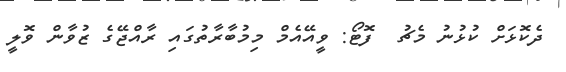
ދެކޮޅަށް ކުޅުނު މެޗު  ފޮޓޯ: ވީއޭއެމް މިމުބާރާތުގައި ރާއްޖޭގެ ޒުވާން ވޮލީ